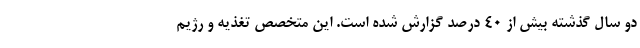
دو سال گذشته بیش از ۴۰ درصد گزارش شده است. این متخصص تغذیه و رژیم